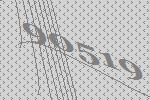
90519